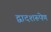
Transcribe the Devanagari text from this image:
द्वादशरूपेण